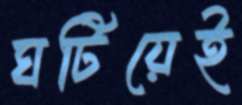
ঘটিয়েই